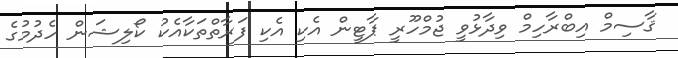
ޤާސިމް އިބްރާހިމް ވިދާޅުވީ ޖުމްހޫރީ ޕާޓީން އެކި އެކި ފަރާތްތަކާއެކު ކޯލިޝަން ހެދުމުގެ